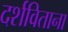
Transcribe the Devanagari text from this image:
दर्शविताना